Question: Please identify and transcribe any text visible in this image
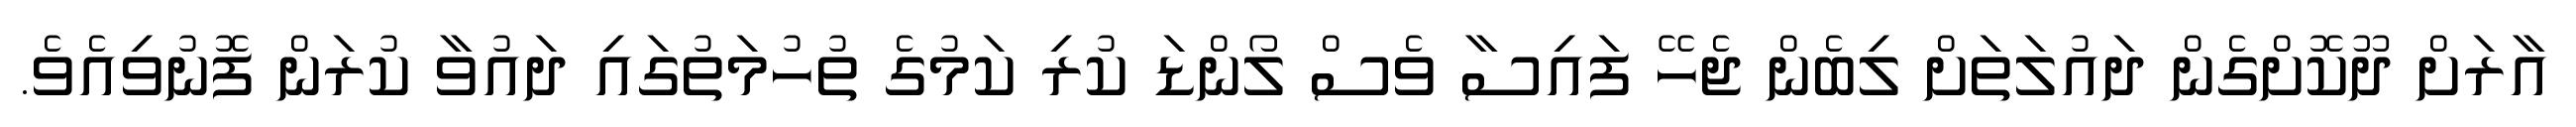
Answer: އާރަށް ދޫކޮށްގެން ދައުލަތަށް ލިބެން ޖެހޭ ފައިސާ ވެސް ލޯންޑަ ކުރި ކަމުގެ ތުހުމަތުގައި ދައުވާ ކުރަން ފޮނުވިއެވެ.